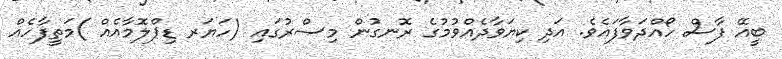
ބީއޭ ފާސް ހޯއްދަވާފައެވެ. އަދި ކިޔަވާދެއްވުމުގެ ރޮނގުން މިޞްރުގައި (ހަޔަރ ޑިޕްލޮމާއެއް )މަތީފާހެއް